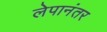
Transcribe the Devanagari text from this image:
लेपानंतर